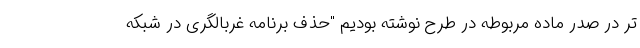
تر در صدر ماده مربوطه در طرح نوشته بودیم "حذف برنامه غربالگری در شبکه